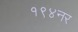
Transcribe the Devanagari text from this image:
१९४नर